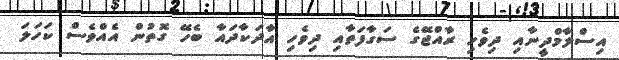
އިސްލާމްދީނާއި ދިވެހި ރާއްޖޭގެ ސަގާފަތާއި ދިވެހި އާދަކާދައާ ބެހޭ ގޮތުން އެއްވެސް ކަހަލަ